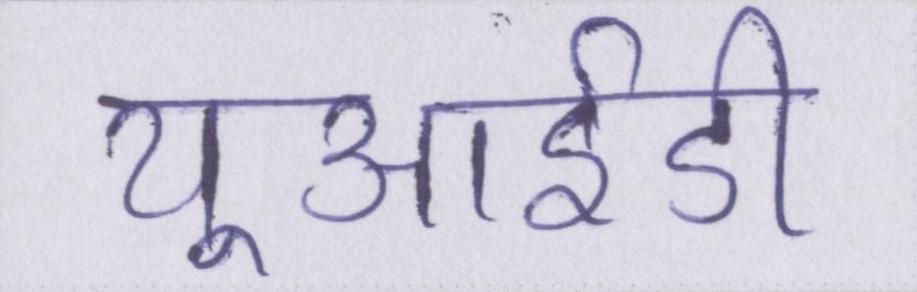
यूआईडी